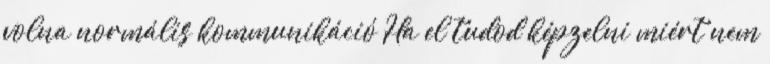
volna normális kommunikáció Ha el tudod képzelni miért nem